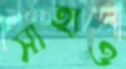
সাহাও